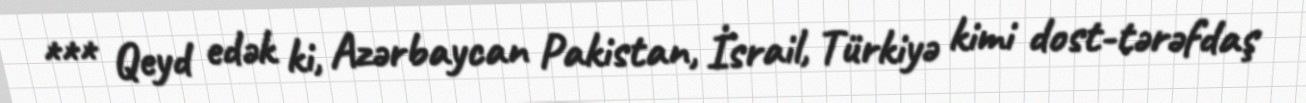
*** Qeyd edək ki, Azərbaycan Pakistan, İsrail, Türkiyə kimi dost-tərəfdaş